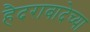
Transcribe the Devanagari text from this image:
हैदराबादेच्या